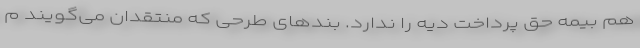
هم بیمه حق پرداخت دیه را ندارد. بندهای طرحی که منتقدان می‌گویند م